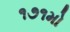
૧૭૧મો